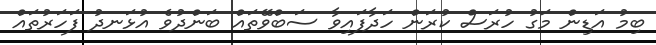
ބިމު އަޑިން މަގު ހުރަސް ކުރަން ހަދާފައިވާ ސަބްވޭތައް ބަންދުވެ އުޅަނދު ފަހަރުތައް